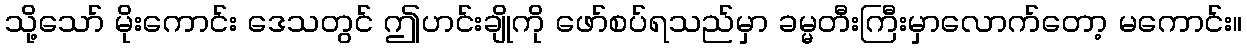
သို့သော် မိုးကောင်း ဒေသတွင် ဤဟင်းချိုကို ဖော်စပ်ရသည်မှာ ခမ္မတီးကြီးမှာလောက်တော့ မကောင်း။